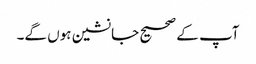
آپ کے صحیح جانشین ہوں گے۔